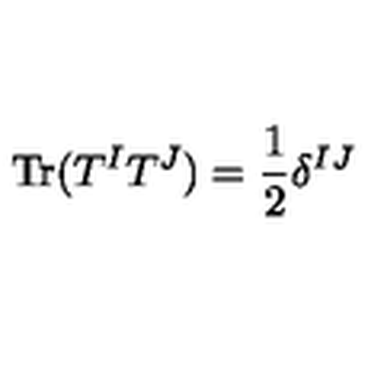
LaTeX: \mathrm { T r } ( T ^ { I } T ^ { J } ) = \frac { 1 } { 2 } \delta ^ { I J }